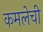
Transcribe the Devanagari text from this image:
कमलेची